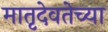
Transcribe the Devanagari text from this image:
मातृदेवतेच्या